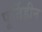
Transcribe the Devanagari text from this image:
पूर्तिहीन